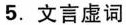
5.文言虚词